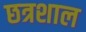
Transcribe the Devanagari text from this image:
छत्रशाल